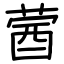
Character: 蒏